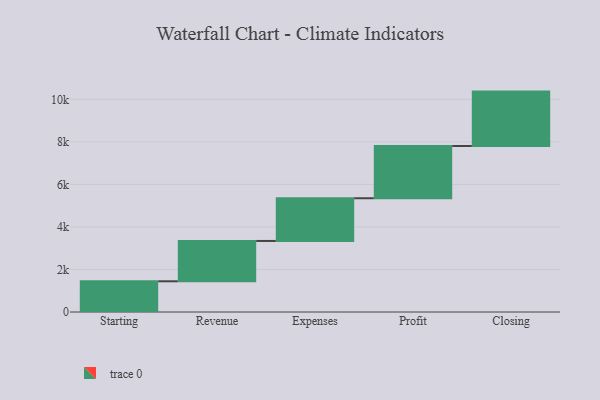
{"axis": {"x": "Step", "y": "Value"}, "legend": [""], "data": [{"x": "Starting", "y": 1444.0, "type": ""}, {"x": "Revenue", "y": 1896.0, "type": ""}, {"x": "Expenses", "y": 2008.0, "type": ""}, {"x": "Profit", "y": 2457.0, "type": ""}, {"x": "Closing", "y": 2557.0, "type": ""}]}